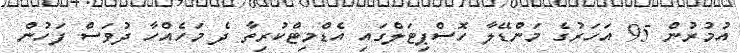
އުމުރުން 95 އަހަރުގެ މަންޑޭލާ ހޮސްޕިޓަލްގައި އެޑްމިޓްކުރިތާ ދެ މަހެއްހާ ދުވަސް ފަހުން